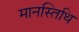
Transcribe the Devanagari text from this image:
मानस्तिथि